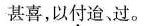
”甚喜，以付迨，过。